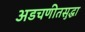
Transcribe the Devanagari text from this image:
अडचणीतसुद्धा